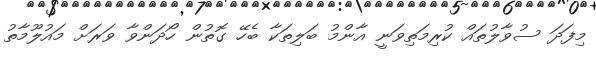
މިފަދަ ސުވާލުތައް ކުރިމަތިވަނީ އާންމު ބަލިތަކާ ބެހޭ ގޮތުން ހޯދަންވާ ވަރަށް މައުލޫމާތު